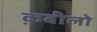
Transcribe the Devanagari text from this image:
क़बीलो